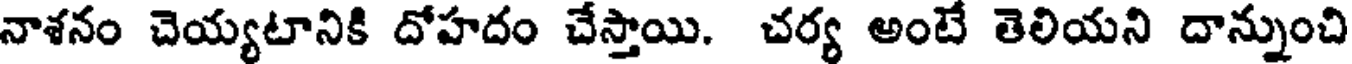
నాశనం చెయ్యటానికి దోహదం చేస్తాయి. చర్య అంటే తెలియని దాన్నుంచి